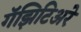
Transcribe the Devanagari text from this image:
गॅझिटिअरे